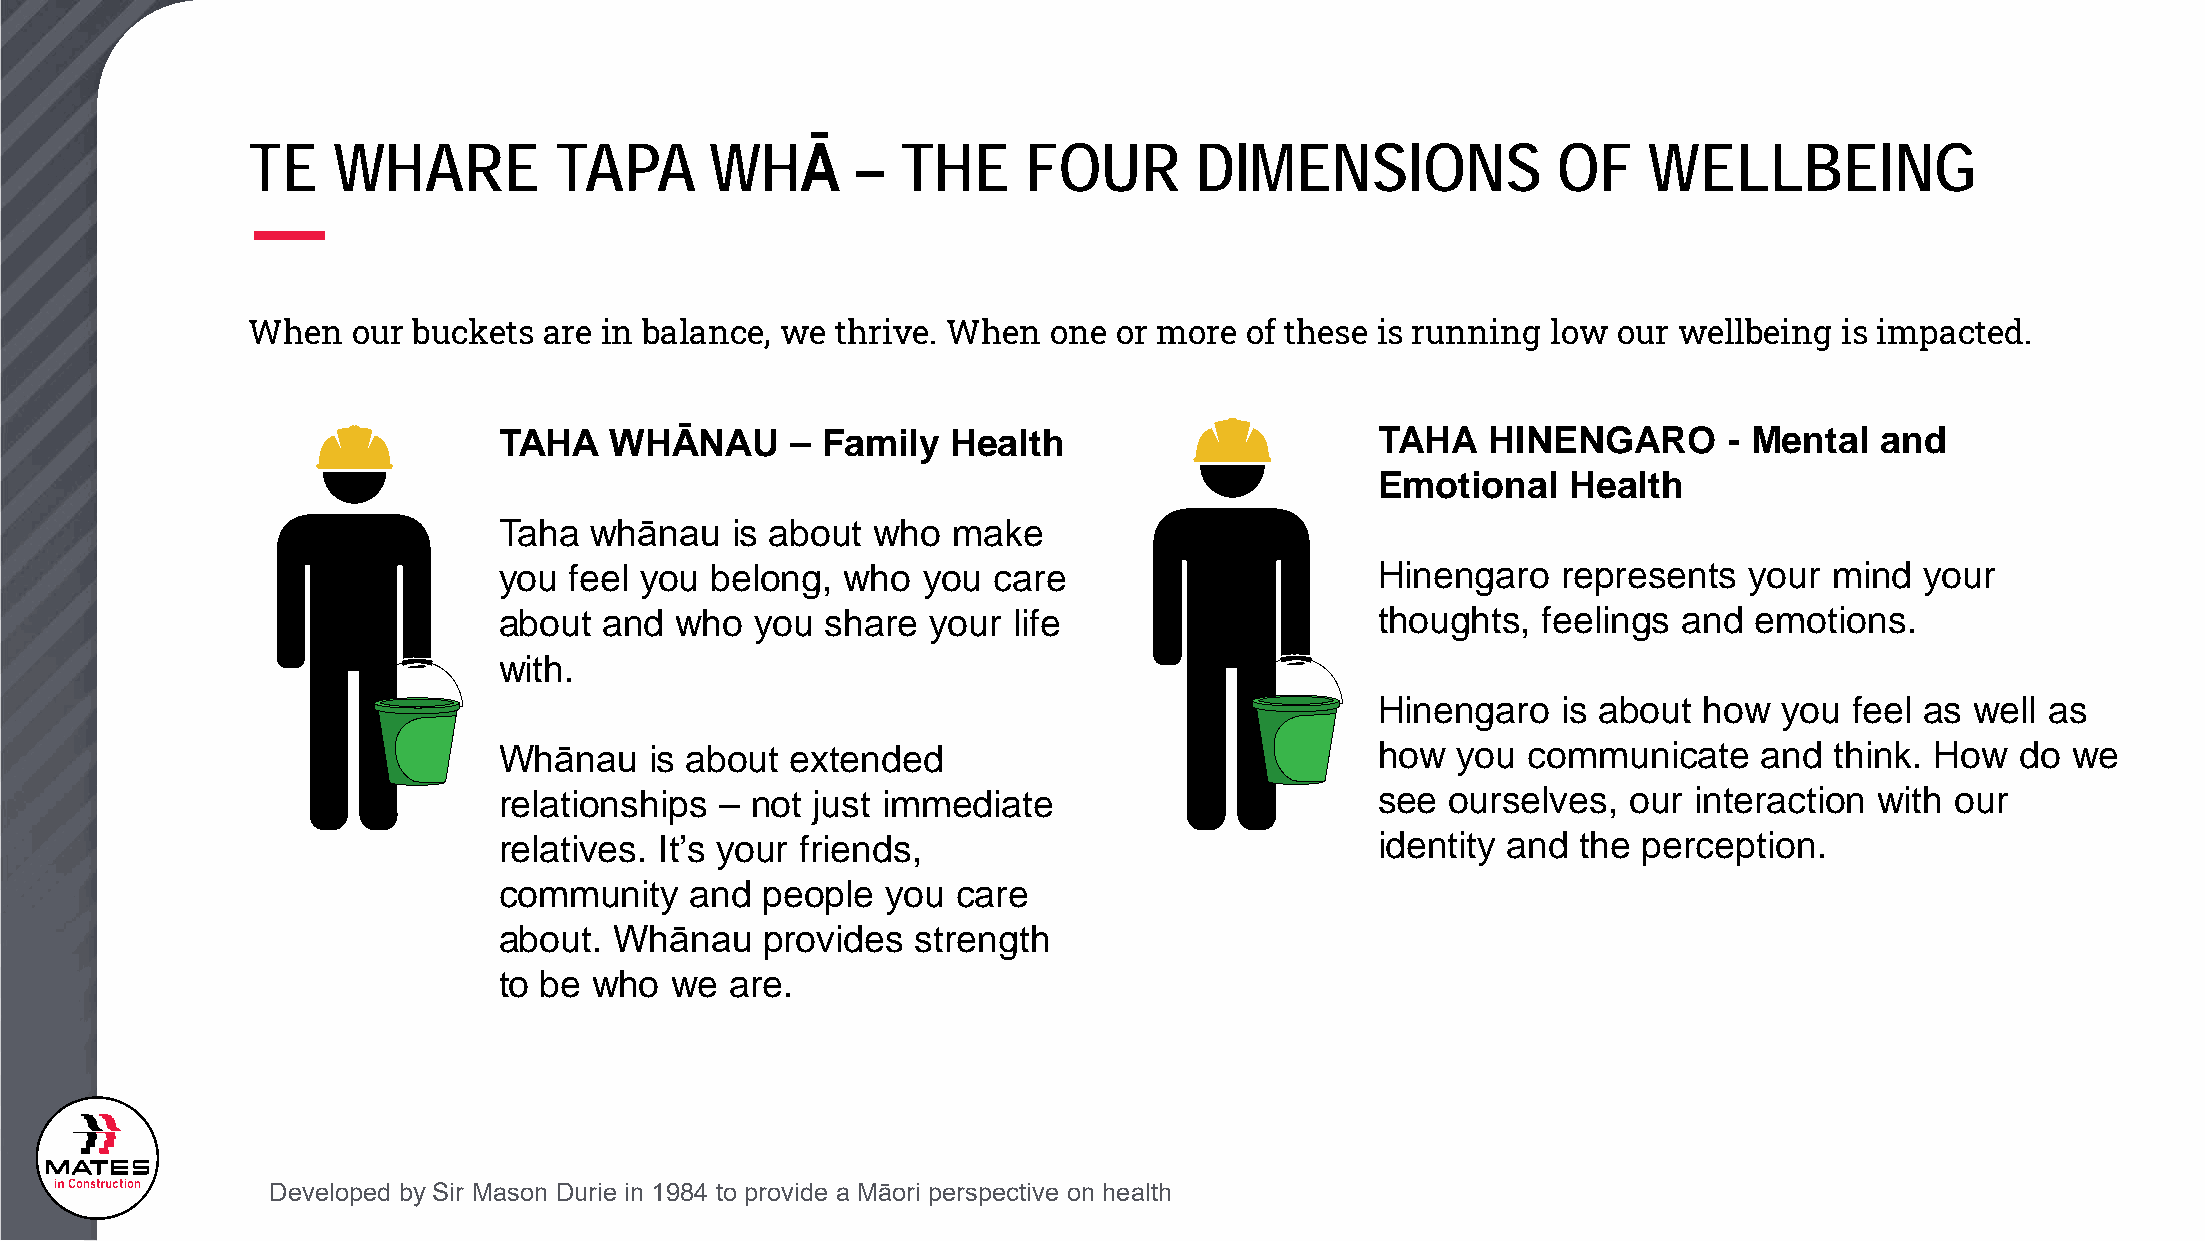
TE    WHARE          TAPA      WHĀ       –  THE     FOUR       DIMENSIONS              OF    WELLBEING
 When   our buckets  are in balance, we thrive. When   one or more of these is running  low our wellbeing  is impacted.
 TAHA   WHĀNAU      – Family   Health                      TAHA    HINENGARO      - Mental  and
 Emotional    Health
 Taha  whānau   is about  who  make
 you  feel you belong,  who  you  care                     Hinengaro   represents   your mind  your
 about  and  who  you  share  your life                    thoughts,  feelings and  emotions.
 with.
 Hinengaro   is about  how  you  feel as well as
 Whānau    is about extended                               how  you  communicate     and think. How   do we
 relationships  – not just immediate                       see  ourselves,  our interaction with our
 relatives. It’s your friends,                             identity and  the perception.
 community    and  people  you care
 about.  Whānau    provides  strength
 to be who  we  are.
 Developed by Sir Mason Durie in 1984 to provide a Māori perspective on health